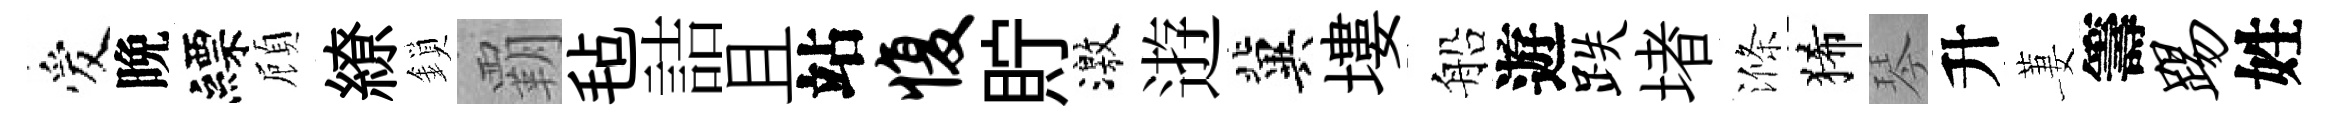
爱晩縹頋繚鎖覇毡詰且站愎貯激逰冀塿船遊跌堵滌狶琴升萋籌踢姓